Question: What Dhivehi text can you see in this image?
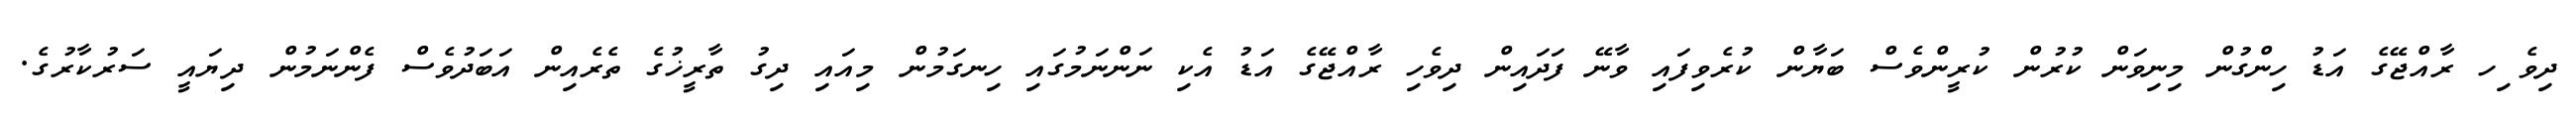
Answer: ދިވެ ިހ ރާއްޖޭގެ އަޑު ހިންގުން މިނިވަން ކުރުން ކުރީންވެސް ބަޔާން ކުރެވިފައި ވާނޭ ފަދައިން ދިވެހި ރާއްޖޭގެ އަޑު އެކި ނަންނަމުގައި ހިނގަމުން މިއައި ދިގު ތާރީޚުގެ ތެރެއިން އަބަދުވެސް ފެންނަމުން ދިޔައީ ސަރުކާރުގެ.